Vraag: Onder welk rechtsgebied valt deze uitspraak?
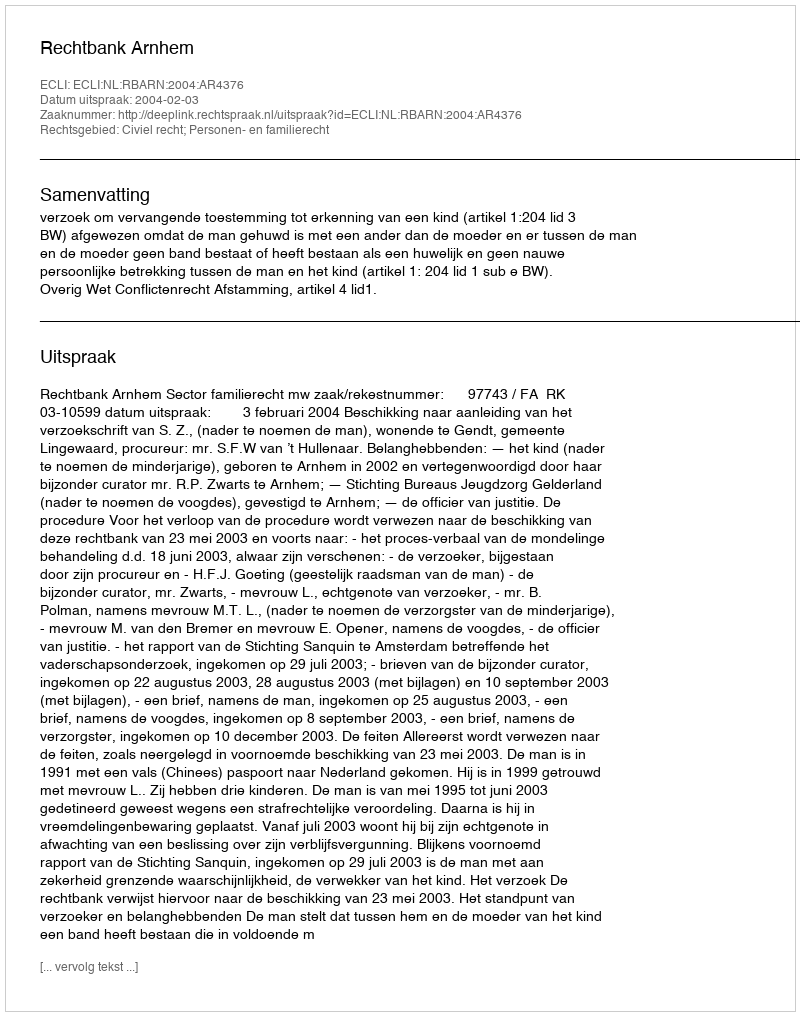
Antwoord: Civiel recht; Personen- en familierecht